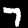
Label: 7